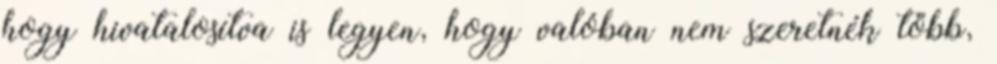
hogy hivatalosítva is legyen, hogy valóban nem szeretnék több,